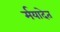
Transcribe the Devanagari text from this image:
र्मयादेत